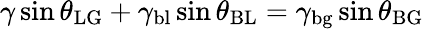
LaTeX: \gamma\sin\theta_{\mathrm{LG}}+\gamma_{\mathrm{bl}}\sin\theta_{\mathrm{BL}}=\gamma_{\mathrm{bg}}\sin\theta_{\mathrm{BG}}